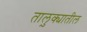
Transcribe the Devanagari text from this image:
तालु़क्यातील